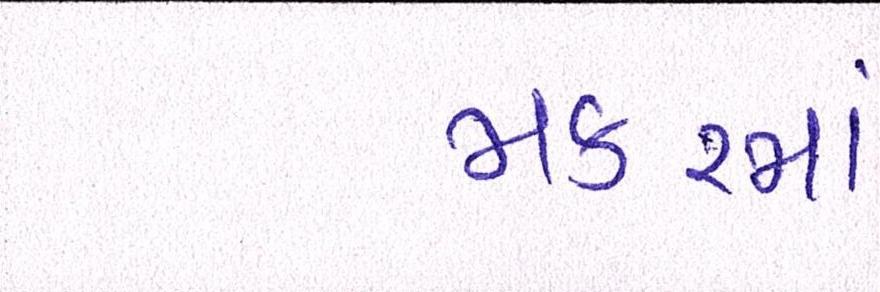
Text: મકરમાં